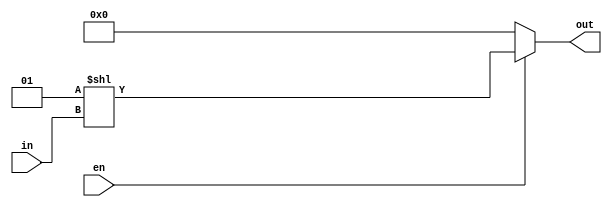
`timescale 1ns / 1ps

/*******************************************************************  
*  
* Module: Decoder5x32.v  
* Project: SSRisc  
* Description: a decoder that decodes a 5 bit input to 32, used in regfile to decode the addresses
*  
* Change history: 19/06/19 - created in lab
*                 
*  **********************************************************************/ 


module Decoder5x32(
input [4:0] in, 
input en, 
output [31:0] out 
    );
    assign out = (en)? 1<< in  : 0; 
endmodule